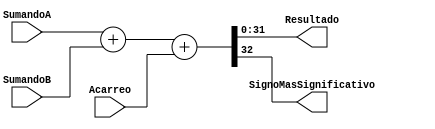
module Sumador(
	input [31:0] SumandoA,
	input [31:0] SumandoB,
	input Acarreo,
	output reg [31:0] Resultado,
	output reg SignoMasSignificativo
    );


	reg [32:0] res;
	
	always @(SumandoA,SumandoB,Acarreo)
		res = SumandoA + SumandoB + Acarreo;
	
	assign SignoMasSignificativo=res[32];
	assign Resultado = res[31:0];



endmodule